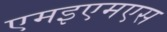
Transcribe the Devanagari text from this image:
एमइएमएस